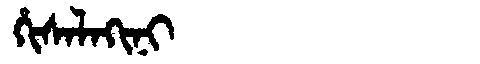
Manchu: ᡥᡳᠰᠠᠯᠠᡴᡳᠨᡳ
Romanization: HISALAKINI